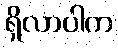
ရှိလာပါက